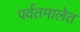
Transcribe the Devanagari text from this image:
पर्वतमालेत